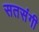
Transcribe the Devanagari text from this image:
सतसंगी